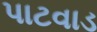
પાટવાડ